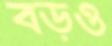
বড়ও